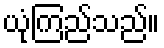
ယုံကြည်သည်။